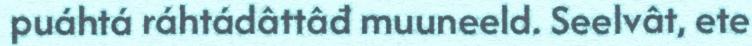
puáhtá ráhtádâttâđ muuneeld. Seelvât, ete